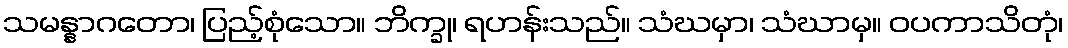
သမန္နာဂတော၊ ပြည့်စုံသော။ ဘိက္ခု၊ ရဟန်းသည်။ သံဃမှာ၊ သံဃာမှ။ ဝပကာသိတုံ၊